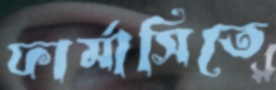
ফার্মাসিতে